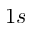
1 s